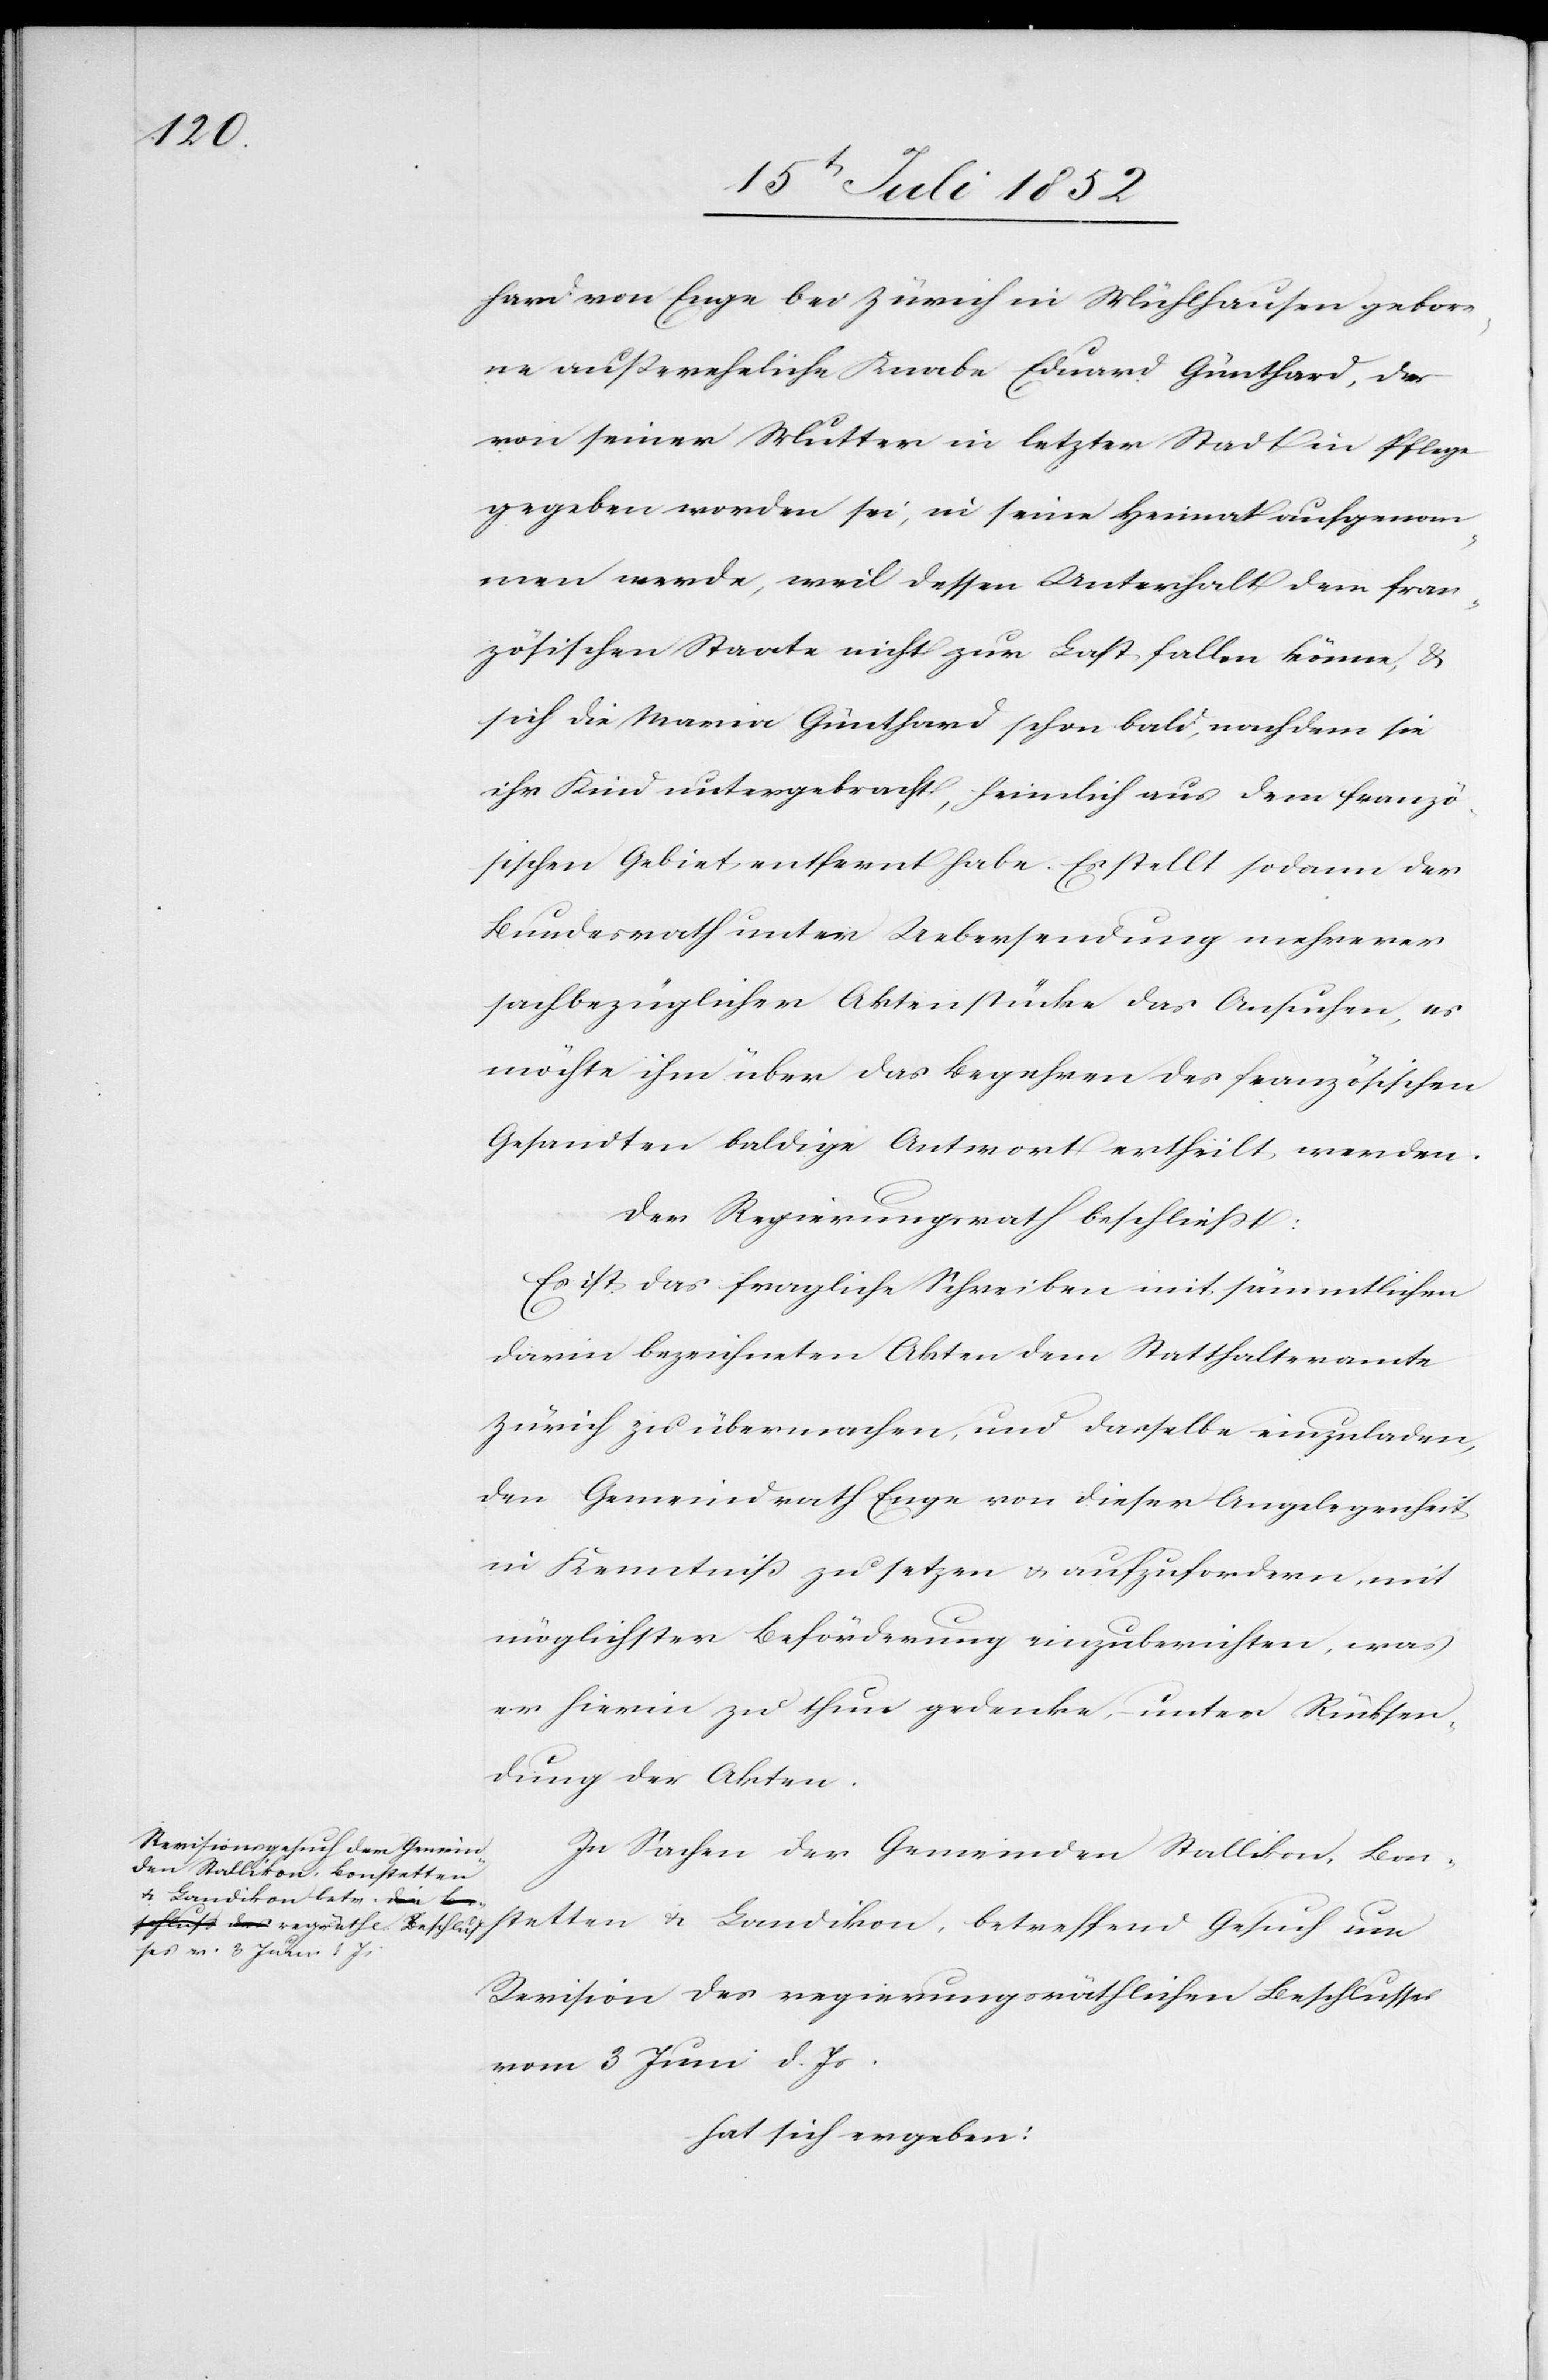
hard von Enge bei Zürich in Mühlhausen gebore¬
ne außereheliche Knabe Eduard Günthard, der
von seiner Mutter in letzter Stadt in Pflege
gegeben worden sei, in seine Heimat aufgenom¬
men werde, weil dessen Unterhalt dem fran¬
zösischen Staate nicht zur Last fallen könne, &
sich die Maria Günthard schon bald, nachdem sie
ihr Kind untergebracht, heimlich aus dem franzö¬
sischen Gebiet entfernt habe. Es stellt sodann der
Bundesrath unter Uebersendung mehrerer
sachbezüglicher Aktenstücke das Ansuchen, es
möchte ihm über das Begehren des französischen
Gesandten baldige Antwort ertheilt werden.
Der Regierungsrath beschließt:
Es ist das fragliche Schreiben mit sämmtlichen
darin bezeichneten Akten dem Statthalteramte
Zürich zu übermachen, und dasselbe einzuladen,
den Gemeindrath Enge von dieser Angelegenheit
in Kenntniß zu setzen & aufzufordern, mit
möglichster Beförderung einzuberichten, was
er hierin zu thun gedenke, – unter Rücksen¬
dung der Akten.
In Sachen der Gemeinden Stallikon, Bon¬
stetten & Landikon, betreffend Gesuch um
Revision des regierungsräthlichen Beschlusses
vom 3 Juni d. Js.
hat sich ergeben: